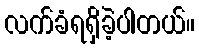
လက်ခံရရှိခဲ့ပါတယ်။